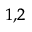
^ { 1 , 2 }